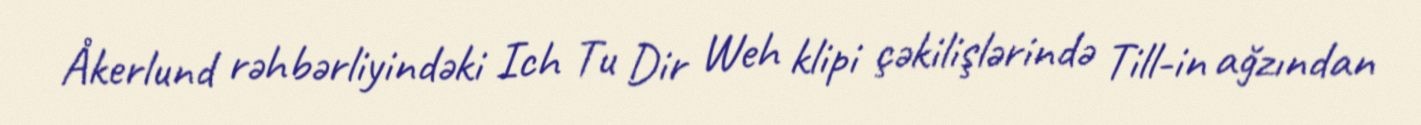
Åkerlund rəhbərliyindəki Ich Tu Dir Weh klipi çəkilişlərində Till-in ağzından